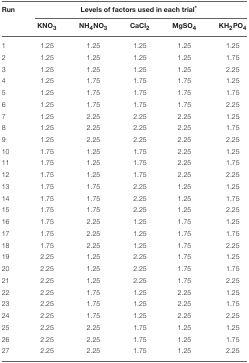
<table><thead><tr><td><b>Run</b></td><td colspan="5"><b>Levels of factors used in each trial<sup>*</sup></b></td></tr><tr><td></td><td><b>KNO<sub>3</sub></b></td><td><b>NH<sub>4</sub>NO<sub>3</sub></b></td><td><b>CaCl<sub>2</sub></b></td><td><b>MgSO<sub>4</sub></b></td><td><b>KH<sub>2</sub>PO<sub>4</sub></b></td></tr></thead><tbody><tr><td>1</td><td>1.25</td><td>1.25</td><td>1.25</td><td>1.25</td><td>1.25</td></tr><tr><td>2</td><td>1.25</td><td>1.25</td><td>1.25</td><td>1.25</td><td>1.75</td></tr><tr><td>3</td><td>1.25</td><td>1.25</td><td>1.25</td><td>1.25</td><td>2.25</td></tr><tr><td>4</td><td>1.25</td><td>1.75</td><td>1.75</td><td>1.75</td><td>1.25</td></tr><tr><td>5</td><td>1.25</td><td>1.75</td><td>1.75</td><td>1.75</td><td>1.75</td></tr><tr><td>6</td><td>1.25</td><td>1.75</td><td>1.75</td><td>1.75</td><td>2.25</td></tr><tr><td>7</td><td>1.25</td><td>2.25</td><td>2.25</td><td>2.25</td><td>1.25</td></tr><tr><td>8</td><td>1.25</td><td>2.25</td><td>2.25</td><td>2.25</td><td>1.75</td></tr><tr><td>9</td><td>1.25</td><td>2.25</td><td>2.25</td><td>2.25</td><td>2.25</td></tr><tr><td>10</td><td>1.75</td><td>1.25</td><td>1.75</td><td>2.25</td><td>1.25</td></tr><tr><td>11</td><td>1.75</td><td>1.25</td><td>1.75</td><td>2.25</td><td>1.75</td></tr><tr><td>12</td><td>1.75</td><td>1.25</td><td>1.75</td><td>2.25</td><td>2.25</td></tr><tr><td>13</td><td>1.75</td><td>1.75</td><td>2.25</td><td>1.25</td><td>1.25</td></tr><tr><td>14</td><td>1.75</td><td>1.75</td><td>2.25</td><td>1.25</td><td>1.75</td></tr><tr><td>15</td><td>1.75</td><td>1.75</td><td>2.25</td><td>1.25</td><td>2.25</td></tr><tr><td>16</td><td>1.75</td><td>2.25</td><td>1.25</td><td>1.75</td><td>1.25</td></tr><tr><td>17</td><td>1.75</td><td>2.25</td><td>1.25</td><td>1.75</td><td>1.75</td></tr><tr><td>18</td><td>1.75</td><td>2.25</td><td>1.25</td><td>1.75</td><td>2.25</td></tr><tr><td>19</td><td>2.25</td><td>1.25</td><td>2.25</td><td>1.75</td><td>1.25</td></tr><tr><td>20</td><td>2.25</td><td>1.25</td><td>2.25</td><td>1.75</td><td>1.75</td></tr><tr><td>21</td><td>2.25</td><td>1.25</td><td>2.25</td><td>1.75</td><td>2.25</td></tr><tr><td>22</td><td>2.25</td><td>1.75</td><td>1.25</td><td>2.25</td><td>1.25</td></tr><tr><td>23</td><td>2.25</td><td>1.75</td><td>1.25</td><td>2.25</td><td>1.75</td></tr><tr><td>24</td><td>2.25</td><td>1.75</td><td>1.25</td><td>2.25</td><td>2.25</td></tr><tr><td>25</td><td>2.25</td><td>2.25</td><td>1.75</td><td>1.25</td><td>1.25</td></tr><tr><td>26</td><td>2.25</td><td>2.25</td><td>1.75</td><td>1.25</td><td>1.75</td></tr><tr><td>27</td><td>2.25</td><td>2.25</td><td>1.75</td><td>1.25</td><td>2.25</td></tr></tbody></table>